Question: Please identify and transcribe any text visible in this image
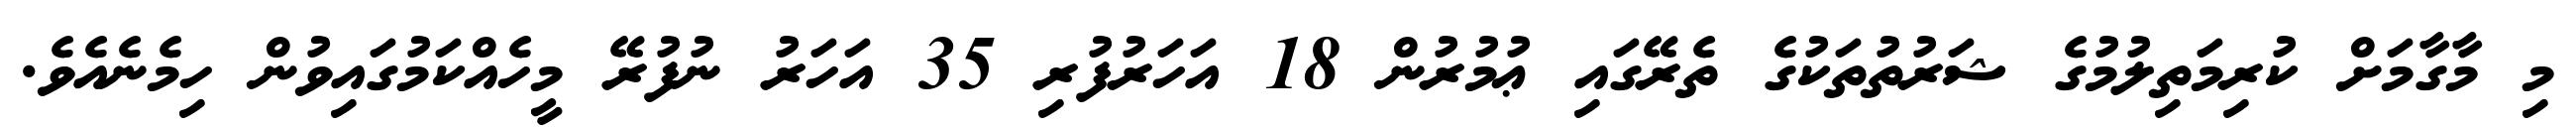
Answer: މި މާގާމަށް ކުރިމަތިލުމުގެ ޝަރުތުތަކުގެ ތެރޭގައި ޢުމުރުން 18 އަހަރުފުރި 35 އަހަރު ނުފުރޭ މީހެއްކަމުގައިވުން ހިމެނެއެވެ.